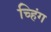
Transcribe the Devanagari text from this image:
च्हिंग